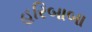
હરિબાબા